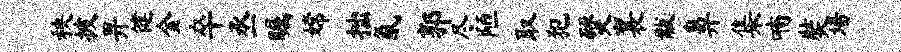
秧披畀健金卒丞瞩嫦拙氤郭尽陋取犯燹襄黻鼻集喃奘墙